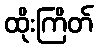
ထိုးကြိတ်